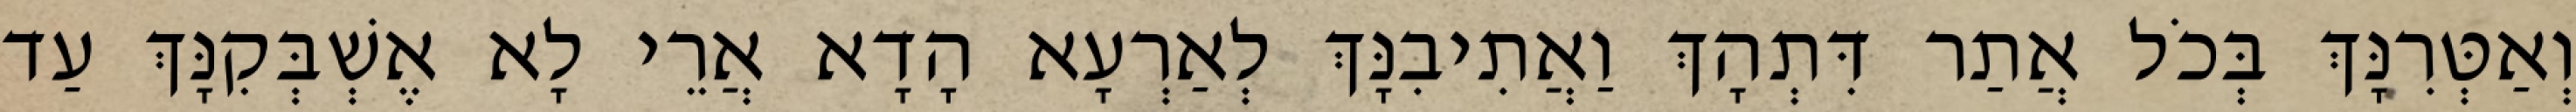
וְאַטְּרִנָּךְ בְּכֹל אֲתַר דִּתְהָךְ וַאֲתִיבִנָּךְ לְאַרְעָא הָדָא אֲרֵי לָא אֶשְׁבְּקִנָּךְ עַד